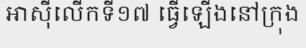
អាស៊ីលើកទី១៧ ធ្វើឡើងនៅក្រុង